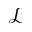
\mathcal { L }